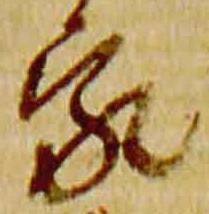
家